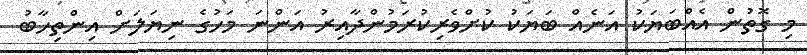
މި ގޮތުން އެއްބަޔަކު އަނެއް ބަޔަކު ކުށްވެރިކުރަމުންދާއިރު އަންނަ މަހުގެ ނިޔަލަށް އިންތިހާބު